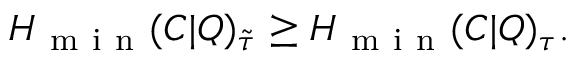
H _ { \mathrm { ~ m ~ i ~ n ~ } } ( C | Q ) _ { \tilde { \tau } } \geq H _ { \mathrm { ~ m ~ i ~ n ~ } } ( C | Q ) _ { \tau } .